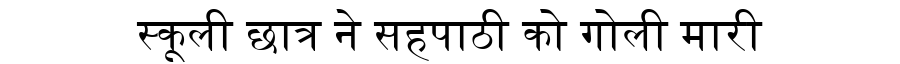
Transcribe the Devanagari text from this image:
स्कूली छात्र ने सहपाठी को गोली मारी